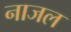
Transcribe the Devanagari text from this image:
नाजल